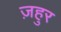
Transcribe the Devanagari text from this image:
ज़हुर